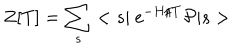
Z [ T ] = \sum _ { s } < s \vert \mathrm { ~ e } ^ { - H / T } { \cal P } \vert s >